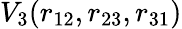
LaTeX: V_{3}(r_{12},r_{23},r_{31})